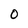
Character: 0